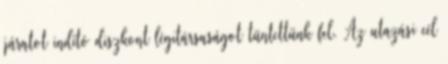
járatot indító diszkont légitársaságot tüntettünk fel. Az utazási cél